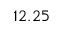
1 2 . 2 5